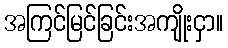
အကြင်မြင်ခြင်းအကျိုးငှာ။